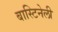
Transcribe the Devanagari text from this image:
बास्टिनेली